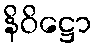
နိဝိဋ္ဌော